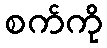
စက်ကို